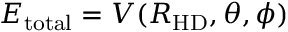
E _ { \mathrm { t o t a l } } = V ( R _ { \mathrm { H D } } , \theta , \phi )